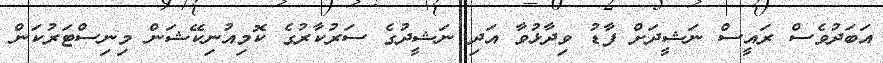
އަބަދުވެސް ރައީސް ނަޝީދަށް ފާޑު ވިދާޅުވާ އަދި ނަޝީދުގެ ސަރުކާރުގެ ކޮމިއުނިކޭޝަން މިނިސްޓަރުކަން